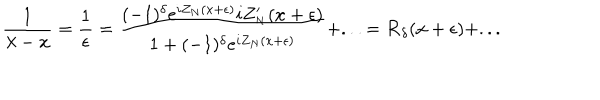
\displaystyle \frac { 1 } { \lambda - x } = \displaystyle \frac { 1 } { \epsilon } = \displaystyle \frac { ( - 1 ) ^ { \delta } e ^ { i Z _ { N } ( x + \epsilon ) } i Z _ { _ { N } } ^ { \prime } ( x + \epsilon ) } { 1 + ( - 1 ) ^ { \delta } e ^ { i Z _ { N } ( x + \epsilon ) } } + . . . = { \cal R } _ { \delta } ( x + \epsilon ) + . . .